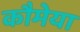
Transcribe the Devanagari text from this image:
कौमेया